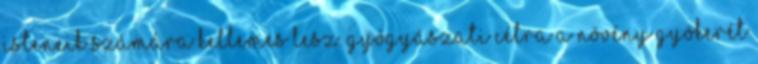
isteneik számára kellemes lesz. Gyógyászati célra a növény gyökerét